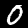
Label: 0